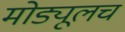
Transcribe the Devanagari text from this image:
मोड्यूलच